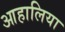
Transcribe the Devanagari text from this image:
आहालिया